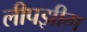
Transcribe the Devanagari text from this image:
लीपझीग